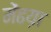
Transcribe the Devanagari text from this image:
मेंढय़ा